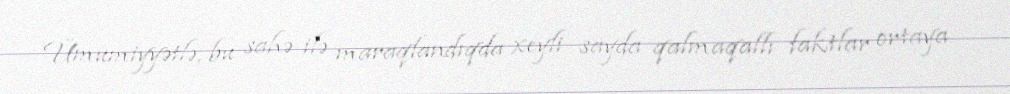
Ümumiyyətlə, bu sahə ilə maraqlandıqda xeyli sayda qalmaqallı faktlar ortaya